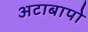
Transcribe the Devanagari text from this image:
अटाबापो